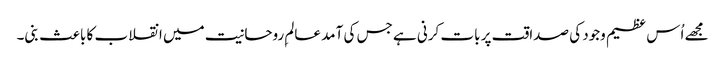
مجھے اُس عظیم وجود کی صداقت پر بات کرنی ہے جس کی آمد عالمِ روحانیت میں انقلاب کا باعث بنی۔